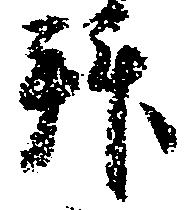
拝